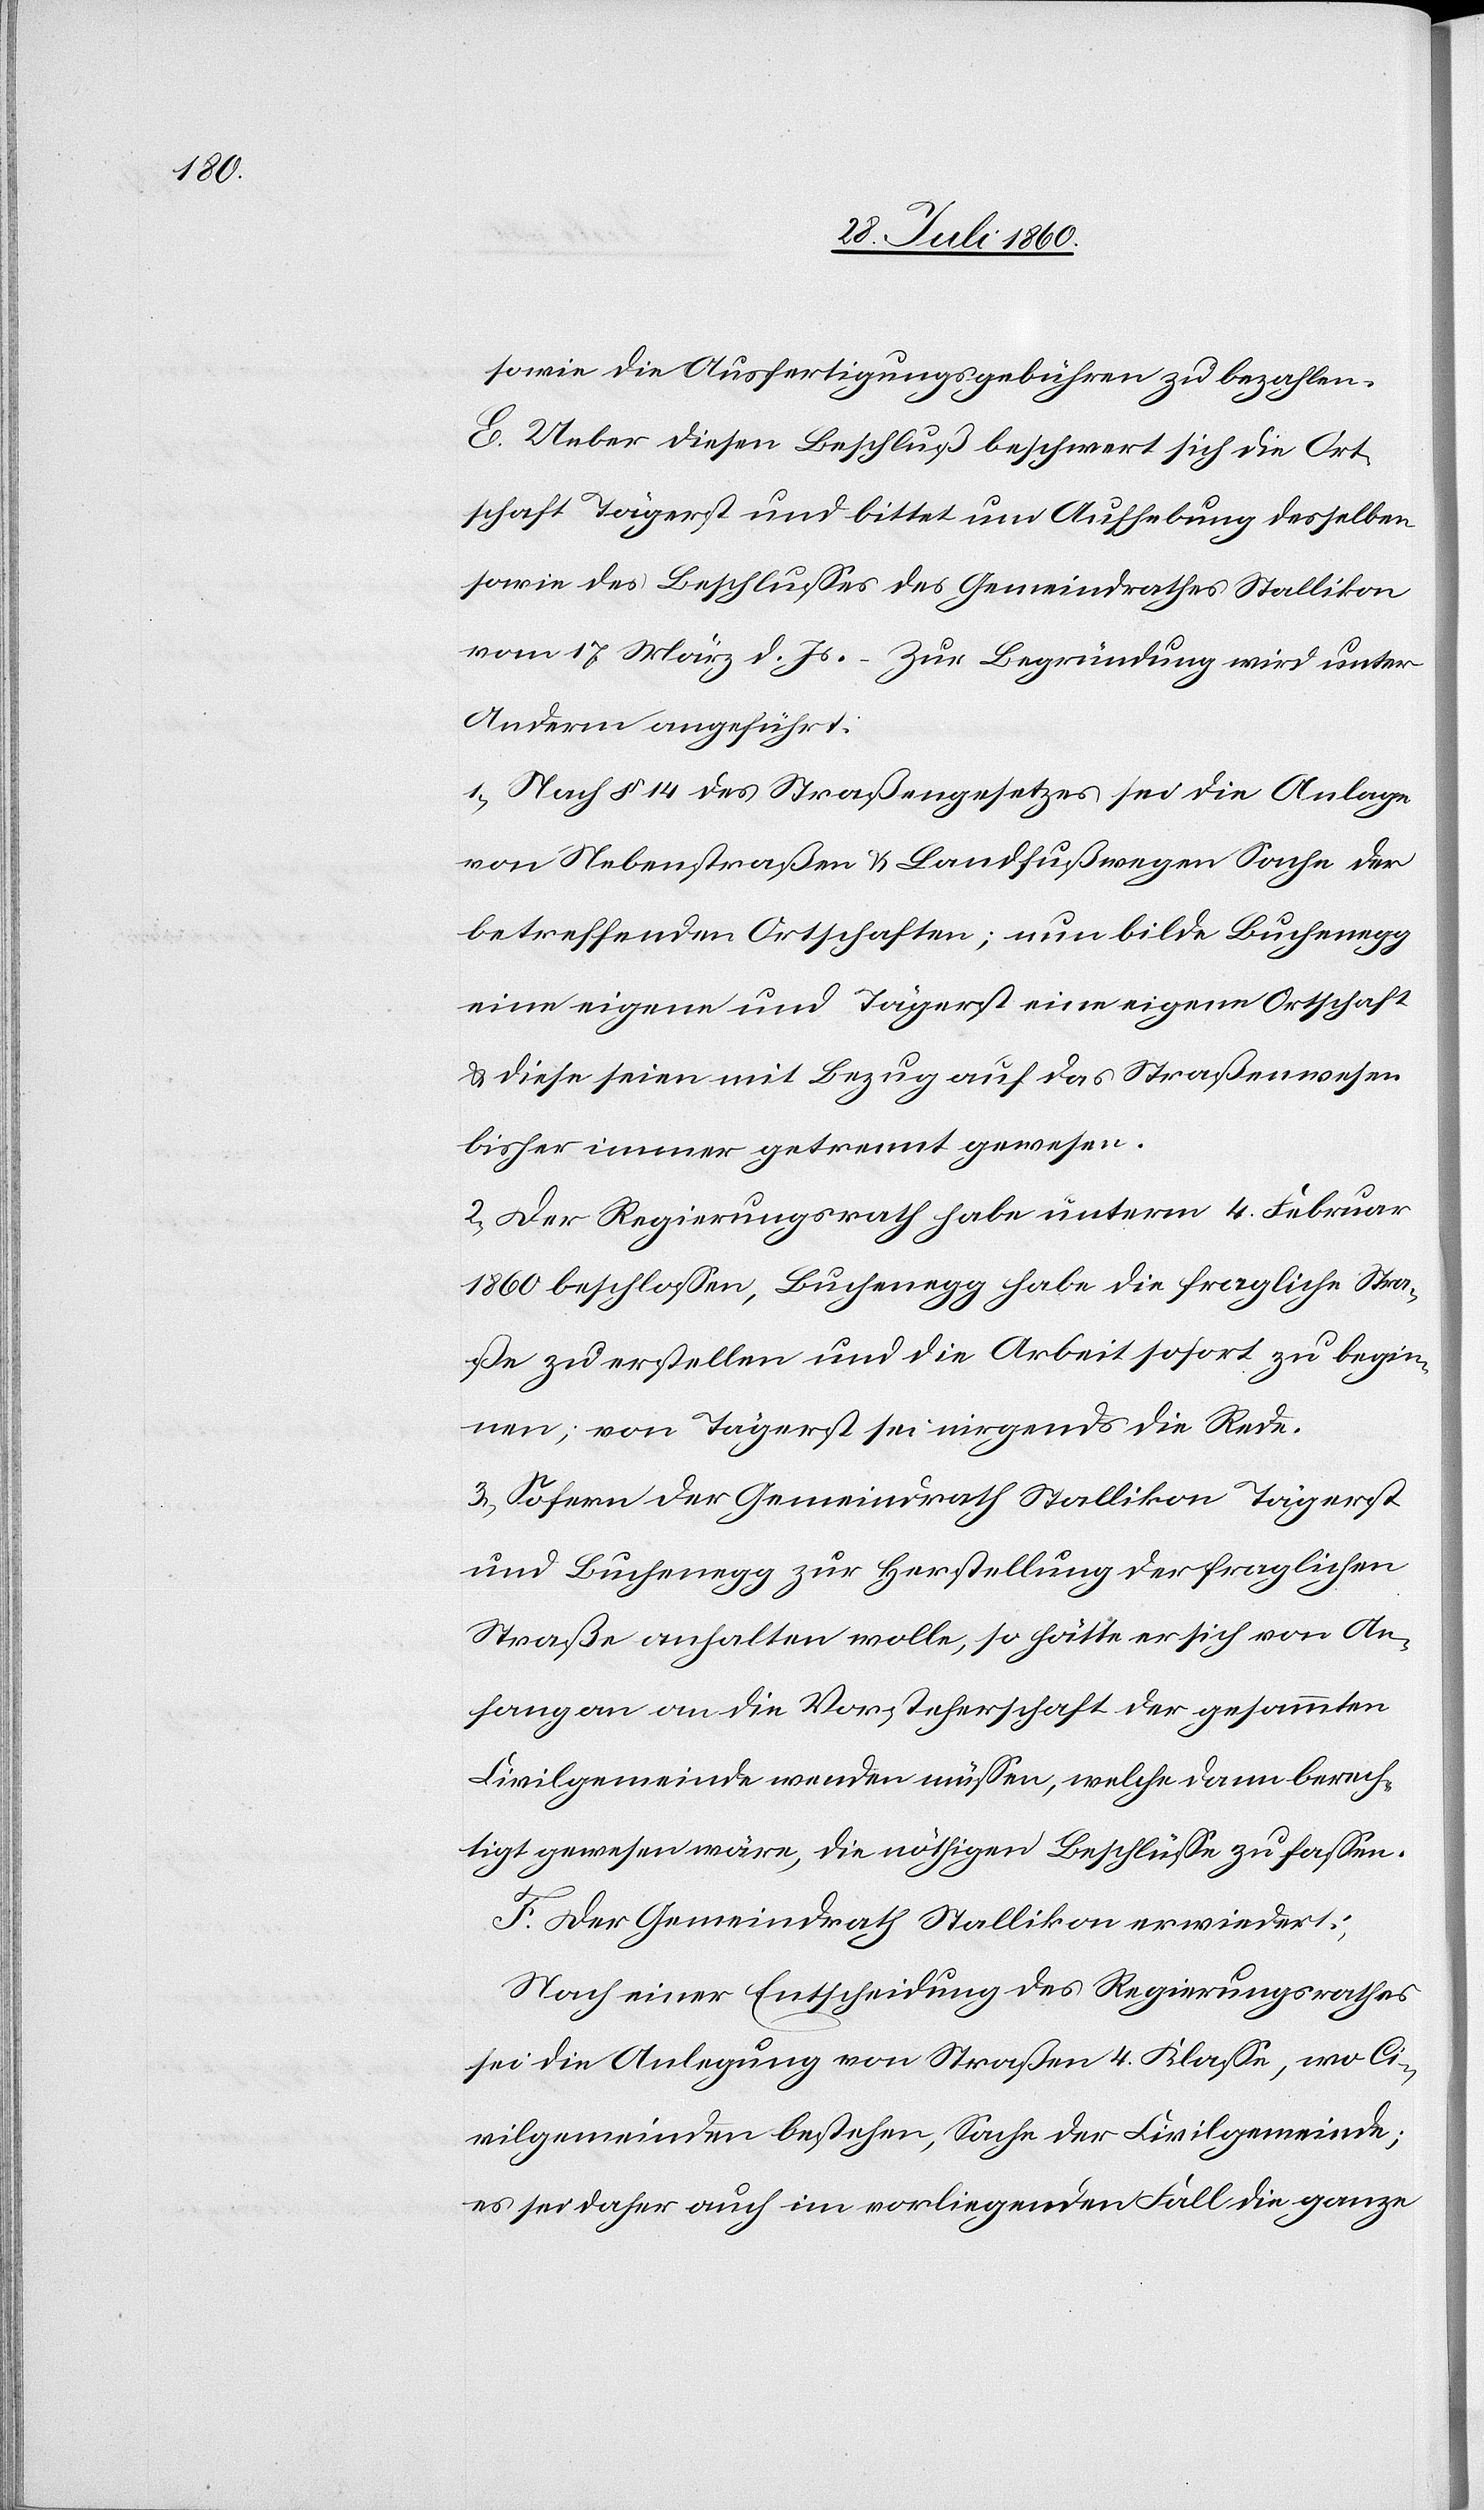
sowie die Ausfertigungsgebühren zu bezahlen.
E. Ueber diesen Beschluß beschwert sich die Ort¬
schaft Tägerst und bittet um Aufhebung desselben
sowie des Beschlusses des Gemeindrathes Stallikon
vom 17. März d. Js. – Zur Begründung wird unter
Anderm angeführt.
1. Nach §. 14 des Strassengesetzes sei die Anlage
von Nebenstrassen u. Landfusswegen Sache der
betreffenden Ortschaften; nun bilde Buchenegg
eine eigene u. Tägerst eine eigene Ortschaft
u. diese seien mit Bezug auf das Strassenwesen
bisher immer getrennt gewesen.
2. Der Regierungsrath habe unterm 4. Februar
1860 beschlossen, Buchenegg habe die fragliche Stras¬
se zu erstellen und die Arbeit sofort zu begin¬
nen; von Tägerst sei nirgends die Rede.
3. Sofern der Gemeindrath Stallikon Tägerst
u. Buchenegg zur Herstellung der fraglichen
Strasse anhalten wolle, so hätte er sich von An¬
fang an an die Vorsteherschaft der gesammten
Civilgemeinde wenden müssen, welche dann berech¬
tigt gewesen wäre, die nöthigen Beschlüsse zu fassen.
F. Der Gemeindrath Stallikon erwiedere:
Nach einer Entscheidung des Regierungsrathes
sei die Anlegung von Strassen 4tr Klasse, wo Ci¬
vilgemeinden bestehen, Sache der Civilgemeinde;
es sei daher auch im vorliegenden Fall die ganze